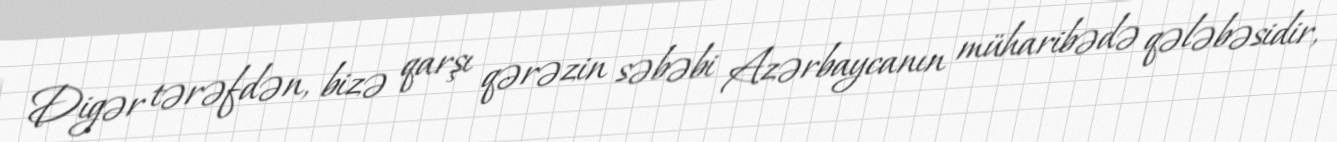
Digər tərəfdən, bizə qarşı qərəzin səbəbi Azərbaycanın müharibədə qələbəsidir,